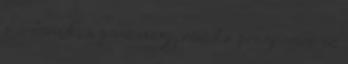
ő érdemük, a pénz nagy részét a programra az